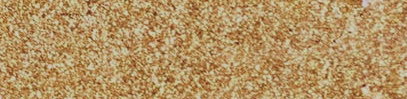
Speed Limit 60